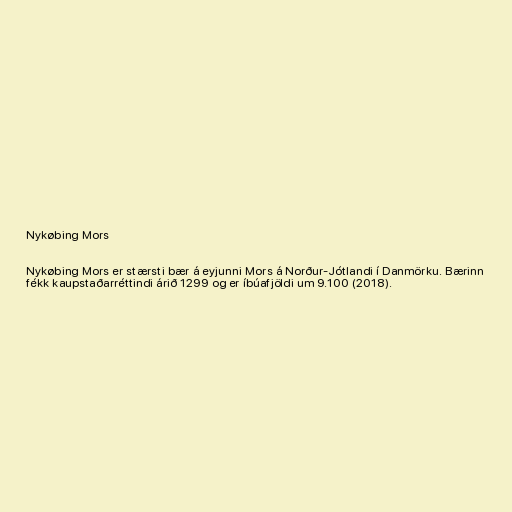
Nykøbing Mors

Nykøbing Mors er stærsti bær á eyjunni Mors á Norður-Jótlandi í Danmörku. Bærinn
fékk kaupstaðarréttindi árið 1299 og er íbúafjöldi um 9.100 (2018).